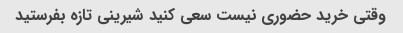
وقتی خرید حضوری نیست سعی کنید شیرینی تازه بفرستید